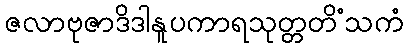
ဇလာဗုဇာဒိဒါနူပကာရသုတ္တတိံသကံ